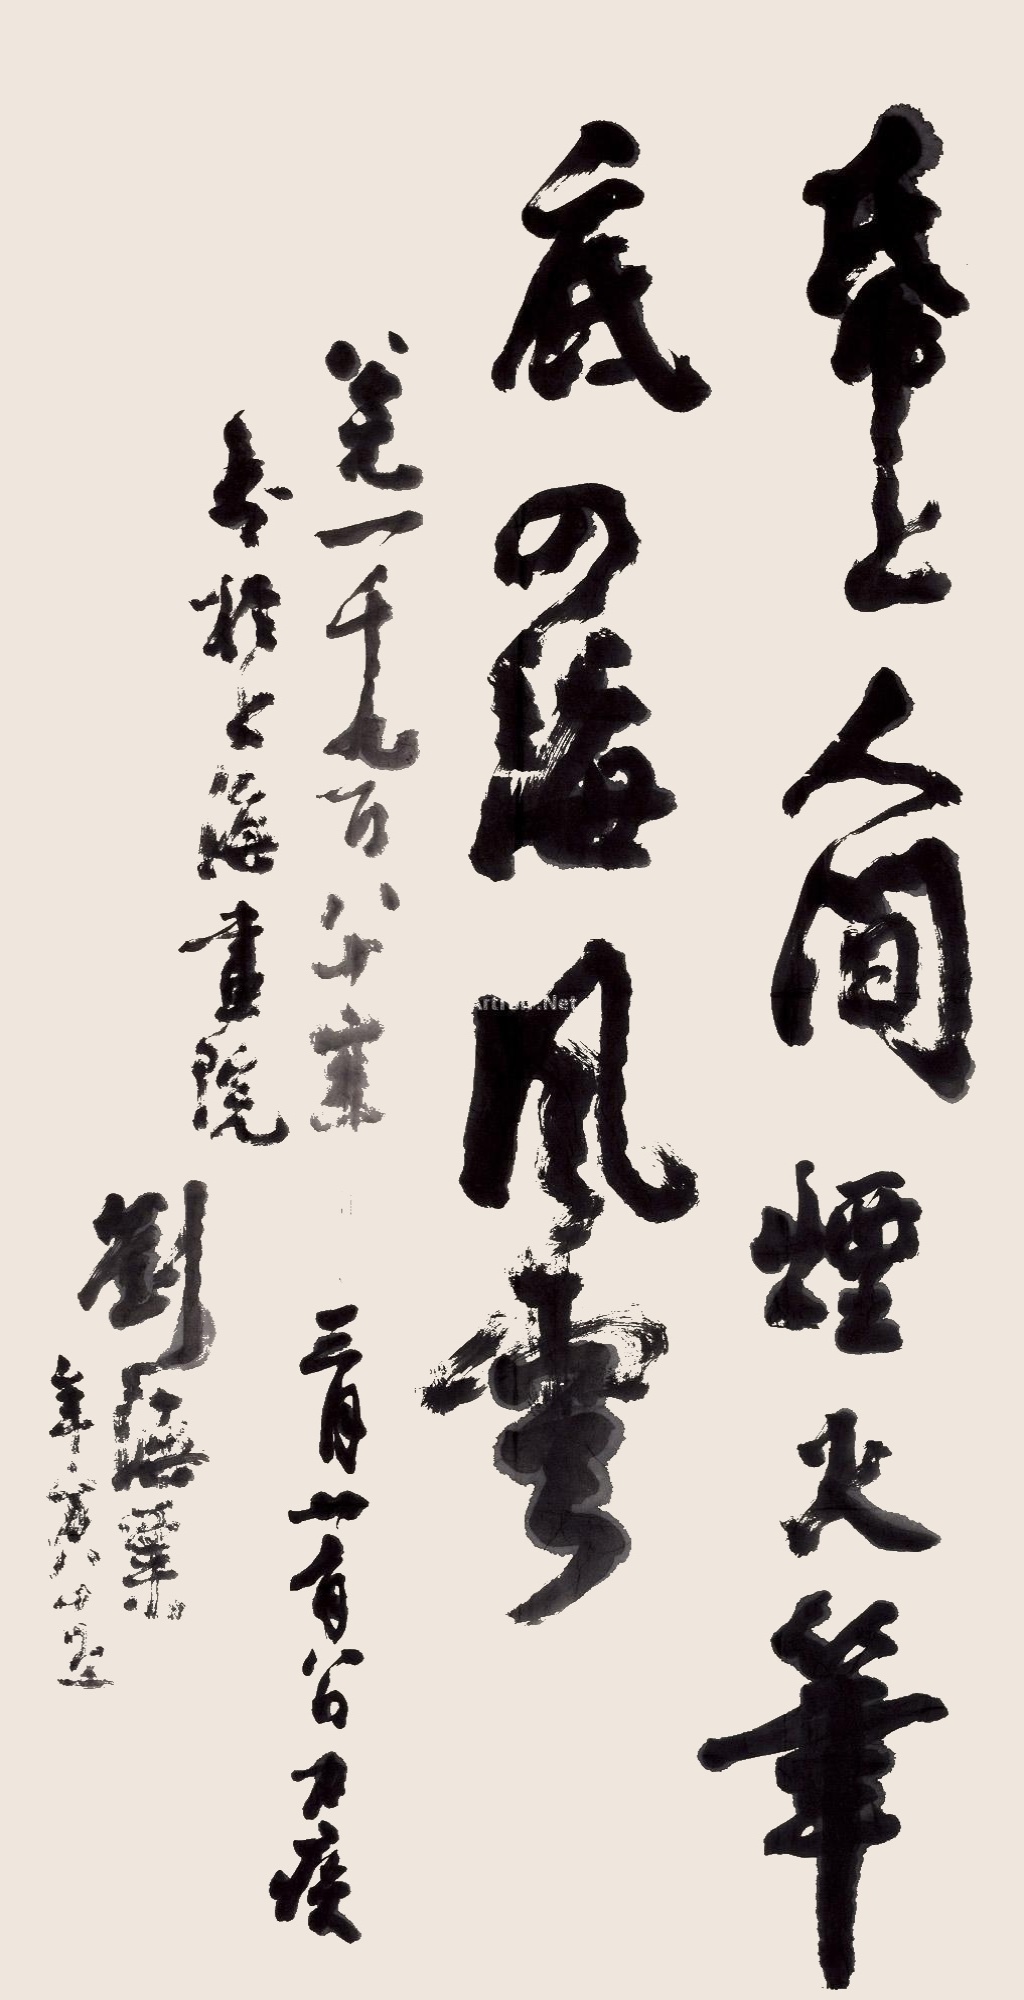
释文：纸上人间烟火，笔底四海风云。公元一千九百八十年三月十有八日身疾书于上海画院，刘海粟年方八十五。